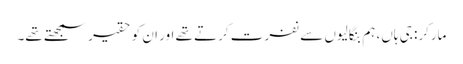
مارکر: جی ہاں، ہم بنگالیوں سے نفرت کرتے تھے اور ان کو حقیر سمجھتے تھے۔